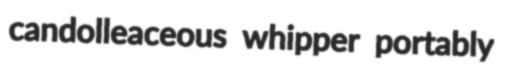
candolleaceous whipper portably